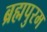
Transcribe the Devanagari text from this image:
ब्रह्मपुरम